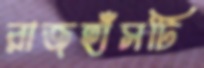
রাজহাঁসটি